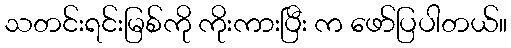
သတင်းရင်းမြစ်ကို ကိုးကားပြီး က ဖော်ပြပါတယ်။